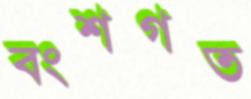
বংশগত